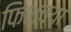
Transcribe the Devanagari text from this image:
फिशच्या